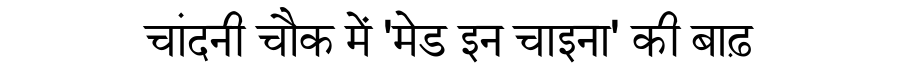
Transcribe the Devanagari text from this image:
चांदनी चौक में 'मेड इन चाइना' की बाढ़